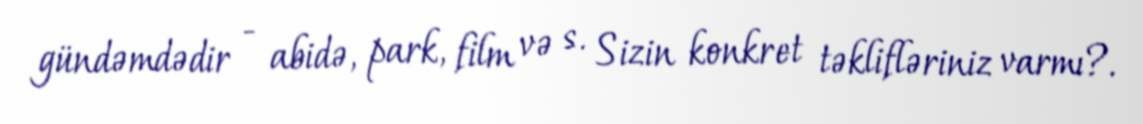
gündəmdədir - abidə, park, film və s. Sizin konkret təklifləriniz varmı?.